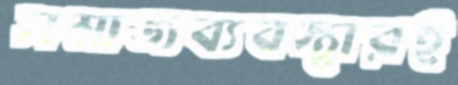
সমাজব্যবস্থারই